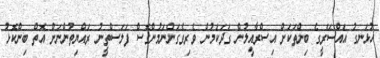
ހުޅަނގު އައްސޭރީގެ ބިންތަކަށް އިސްރާއީލުން ގަދަކަމުން ވެރިވެގަންނަމުންގޮސް ފަލަސްތީނު ރައްޔިތުންނަށް އޮތް ބިންކޮޅު